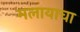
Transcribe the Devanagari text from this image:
मलायाचा